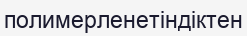
полимерленетіндіктен